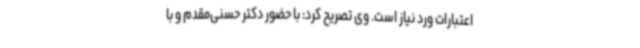
اعتبارات ورد نیاز است. وی تصریح کرد: با حضور دکتر حسنی‌مقدم و با